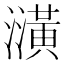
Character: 㶂